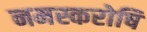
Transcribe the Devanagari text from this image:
नमस्करोषि